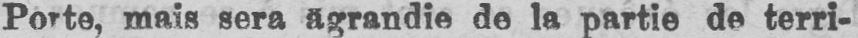
Porte, mais sera agrandie de la partie de terri-